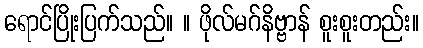
ရောင်ပြိုးပြက်သည်။ ။ ဖိုလ်မဂ်နိဗ္ဗာန် စူးစူးတည်း။